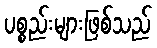
ပစ္စည်းများဖြစ်သည်